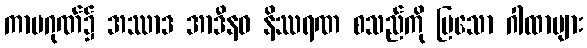
ကာမဂုဏ်၌ အဿာဒ အာဒီနဝ နိဿရဏ စသည်ကို ပြသော ဂါထာများ